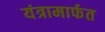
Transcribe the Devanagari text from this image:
यंत्रामार्फत